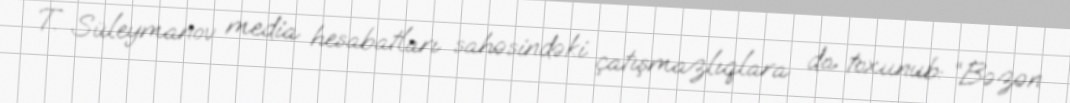
T. Süleymanov media hesabatları sahəsindəki çatışmazlıqlara da toxunub: “Bəzən